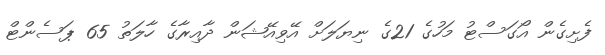
ފެށިގެން އޯގަސްޓު މަހުގެ 21ގެ ނިޔަލަށް އޭވިއޭޝަން ދާއިރާގެ ހާލަތު 65 ޕަސެންޓް